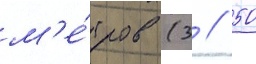
м'е́тров (3 // 50